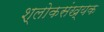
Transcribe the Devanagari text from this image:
श्लोकसंख्यक